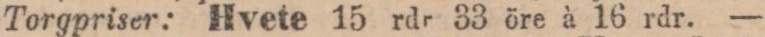
Torgpriser: Hvete 15 rdr 33 öre à 16 rdr. —